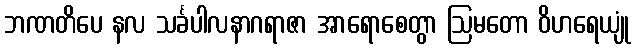
ဘဏတိပေ နလ သင်္ခပါလနာဂရာဇာ အာရောစေတွာ ဩမတော ဝိဟရေယျုံ